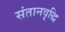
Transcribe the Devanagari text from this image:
संतानवृद्धि